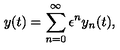
y ( t ) = \sum _ { n = 0 } ^ { \infty } \epsilon ^ { n } y _ { n } ( t ) ,